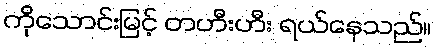
ကိုသောင်းမြင့် တဟီးဟီး ရယ်နေသည်။